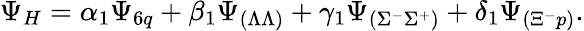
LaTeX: \Psi_{H}=\alpha_{1}\Psi_{6q}+\beta_{1}\Psi_{(\Lambda\Lambda)}+\gamma_{1}\Psi_{(\Sigma^{-}\Sigma^{+})}+\delta_{1}\Psi_{(\Xi^{-}p)}.